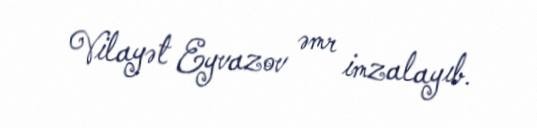
Vilayət Eyvazov əmr imzalayıb.